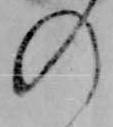
の